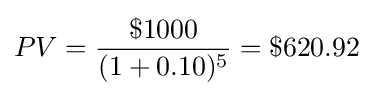
PV={\frac {\$1000}{(1+0.10)^{5}}}=\$620.92